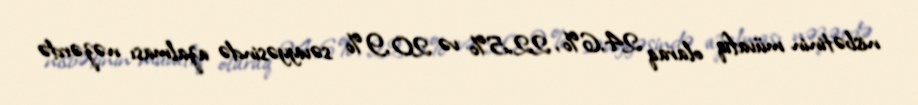
nisbətinin müvafiq olaraq 24,6%, 22,5% və 20,9% səviyyəsində azalması nəzərdə